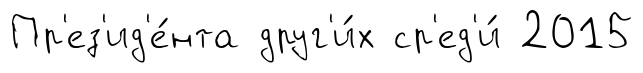
Пр'ез'ид'е́нта друг'и́х ср'ед'и́ 2015